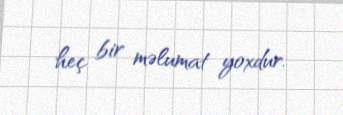
heç bir məlumat yoxdur.